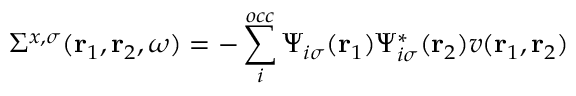
\Sigma ^ { x , \sigma } ( \mathbf { r } _ { 1 } , \mathbf { r } _ { 2 } , \omega ) = - \sum _ { i } ^ { o c c } \Psi _ { i \sigma } ( \mathbf { r } _ { 1 } ) \Psi _ { i \sigma } ^ { * } ( \mathbf { r } _ { 2 } ) v ( \mathbf { r } _ { 1 } , \mathbf { r } _ { 2 } )